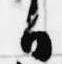
日